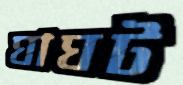
ঘাঘট